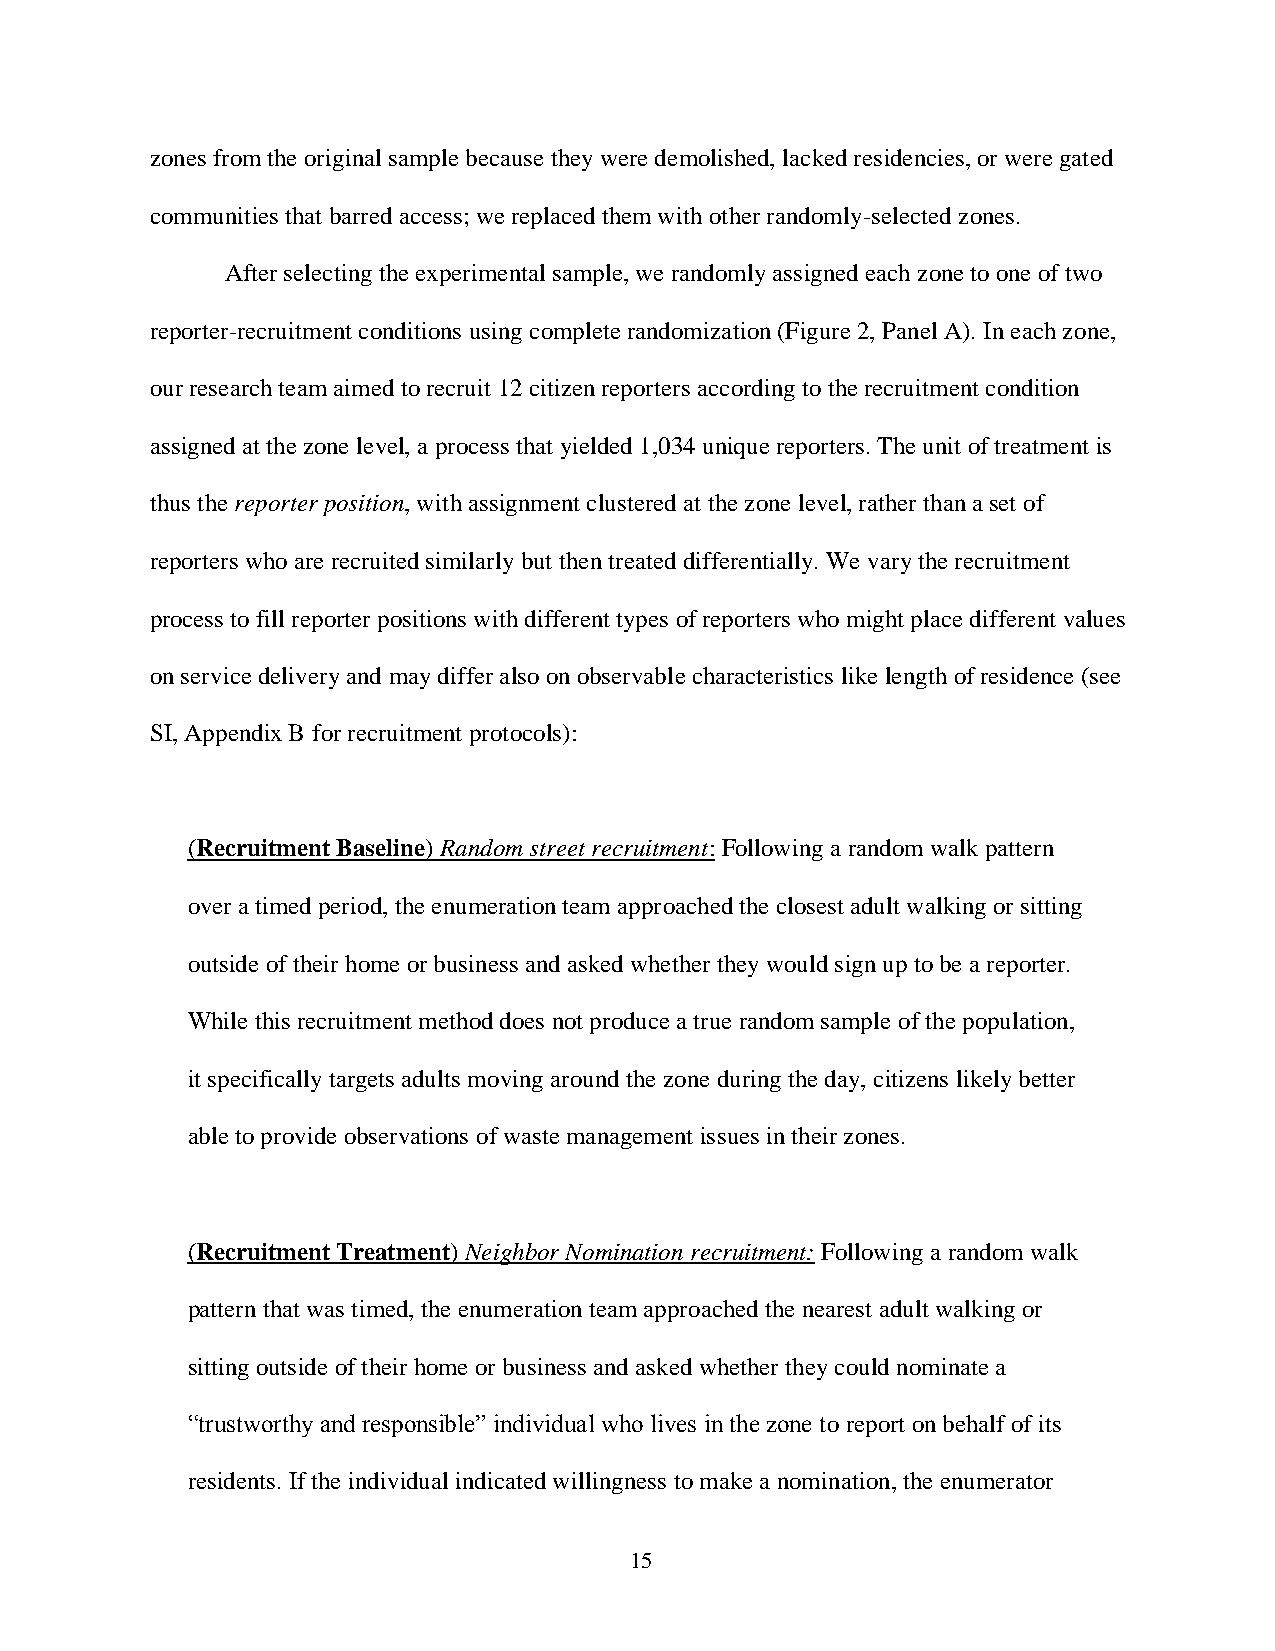
zones from the original sample because they were demolished, lacked residencies, or were gated
 communities that barred access; we replaced them with other randomly-selected zones.
 After selecting the experimental sample, we randomly assigned each zone to one of two
 reporter-recruitment conditions using complete randomization (Figure 2, Panel A). In each zone,
 our research team aimed to recruit 12 citizen reporters according to the recruitment condition
 assigned at the zone level, a process that yielded 1,034 unique reporters. The unit of treatment is
 thus the reporter position, with assignment clustered at the zone level, rather than a set of
 reporters who are recruited similarly but then treated differentially. We vary the recruitment
 process to fill reporter positions with different types of reporters who might place different values
 on service delivery and may differ also on observable characteristics like length of residence (see
 SI, Appendix B for recruitment protocols):
 (Recruitment Baseline) Random street recruitment: Following a random walk pattern
 over a timed period, the enumeration team approached the closest adult walking or sitting
 outside of their home or business and asked whether they would sign up to be a reporter.
 While this recruitment method does not produce a true random sample of the population,
 it specifically targets adults moving around the zone during the day, citizens likely better
 able to provide observations of waste management issues in their zones.
 (Recruitment Treatment) Neighbor Nomination recruitment: Following a random walk
 pattern that was timed, the enumeration team approached the nearest adult walking or
 sitting outside of their home or business and asked whether they could nominate a
 “trustworthy and responsible” individual who lives in the zone to report on behalf of its
 residents. If the individual indicated willingness to make a nomination, the enumerator
 15